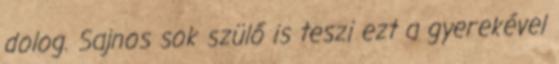
dolog. Sajnos sok szülő is teszi ezt a gyerekével